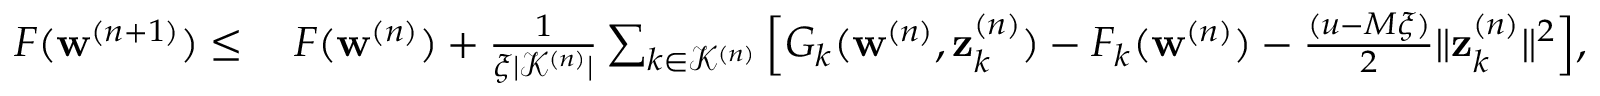
\begin{array} { r l } { F ( \mathbf { w } ^ { ( n + 1 ) } ) \leq } & { \: F ( \mathbf { w } ^ { ( n ) } ) + \frac { 1 } { \xi | \mathcal { K } ^ { ( n ) } | } \sum _ { k \in \mathcal { K } ^ { ( n ) } } \Big [ G _ { k } ( \mathbf { w } ^ { ( n ) } , \mathbf { z } _ { k } ^ { ( n ) } ) - F _ { k } ( \mathbf { w } ^ { ( n ) } ) - \frac { ( u - M \xi ) } { 2 } \| \mathbf { z } _ { k } ^ { ( n ) } \| ^ { 2 } \Big ] , } \end{array}